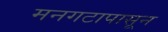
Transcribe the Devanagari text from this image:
मनगटापासून